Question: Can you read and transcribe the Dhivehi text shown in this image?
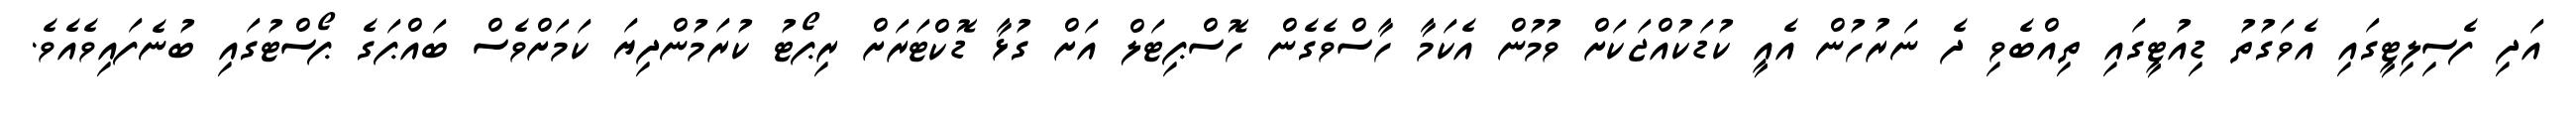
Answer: އަދި ފެސިލިޓީގައި އެވަގުތު ޑިއުޓީގައި ތިއްބެވި ދެ ނަރުހުން އެއީ ކުޑަކުއްޖަކަށް ވުމުން އެކަމާ ހާސްވެގެން ހޮސްޕިޓަލް އަށް ގުޅާ ޑޮކްޓަރަށް ރިޕޯޓު ކުރަމުންދިޔަ ކަމަށްވެސް ބައްޕަގެ ޕޯސްޓުގައި ބުނެފައިވެއެވެ.